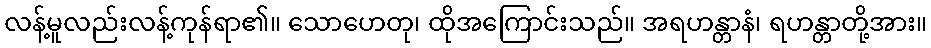
လန့်မူလည်းလန့်ကုန်ရာ၏။ သောဟေတု၊ ထိုအကြောင်းသည်။ အရဟန္တာနံ၊ ရဟန္တာတို့အား။